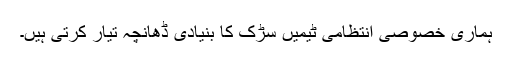
ہماری خصوصی انتظامی ٹیمیں سڑک کا بنیادی ڈھانچہ تیار کرتی ہیں۔